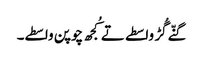
گنّے گُڑ واسطے تے کُجھ چوپن واسطے۔